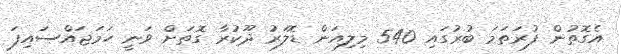
އެގޮތުން ފުރަތަމަ ބުރުގައި 540 މިލިއަން ޑޮލަރު ދޫކުރާ ގޮތަށް ވަނީ ހަމަޖައްސައިފަ